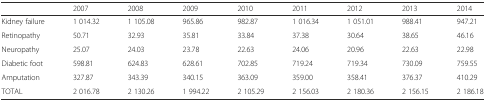
|  | 2007 | 2008 | 2009 | 2010 | 2011 | 2012 | 2013 | 2014 |
 | --- | --- | --- | --- | --- | --- | --- | --- | --- |
 | Kidney failure | 1 014.32 | 1 105.08 | 965.86 | 982.87 | 1 016.34 | 1 051.01 | 988.41 | 947.21 |
 | Retinopathy | 50.71 | 32.93 | 35.81 | 33.84 | 37.38 | 30.64 | 38.65 | 46.16 |
 | Neuropathy | 25.07 | 24.03 | 23.78 | 22.63 | 24.06 | 20.96 | 22.63 | 22.98 |
 | Diabetic foot | 598.81 | 624.83 | 628.61 | 702.85 | 719.24 | 719.34 | 730.09 | 759.55 |
 | Amputation | 327.87 | 343.39 | 340.15 | 363.09 | 359.00 | 358.41 | 376.37 | 410.29 |
 | TOTAL | 2 016.78 | 2 130.26 | 1 994.22 | 2 105.29 | 2 156.03 | 2 180.36 | 2 156.15 | 2 186.18 |